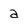
Character: a